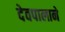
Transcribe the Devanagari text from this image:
देवपालाने